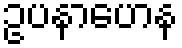
ဥပနာဟေန